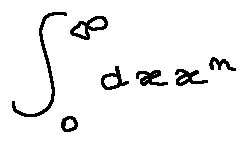
\int \limits _ { 0 } ^ { \infty } d x x ^ { n }